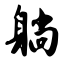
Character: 躺